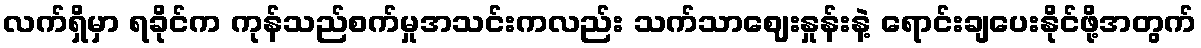
လက်ရှိမှာ ရခိုင်က ကုန်သည်စက်မှုအသင်းကလည်း သက်သာဈေးနှုန်းနဲ့ ရောင်းချပေးနိုင်ဖို့အတွက်